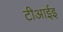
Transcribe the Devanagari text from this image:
टीआईइ